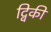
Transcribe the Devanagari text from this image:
द्विकी